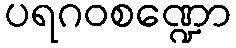
ပရဂဝစဏ္ဍော